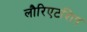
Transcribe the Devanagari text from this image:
लौरिएटशिप